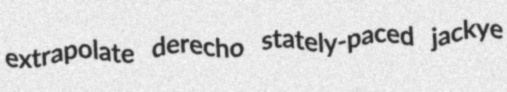
extrapolate derecho stately-paced jackye